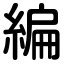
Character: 編